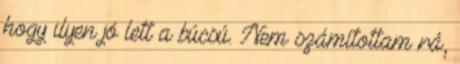
hogy ilyen jó lett a búcsú. Nem számítottam rá,